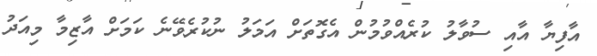
އާފިޔާ އާއި ސުވާލު ކުރެއްވުމުން އެގޮތަށް އަމަލު ނުކުރެވޭނެ ކަމަށް އާޒިމާ މިއަދު